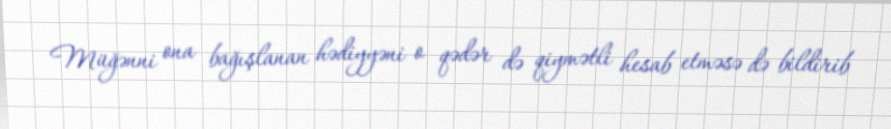
Müğənni ona bağışlanan hədiyyəni o qədər də qiymətli hesab etməsə də bildirib